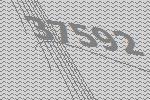
37592